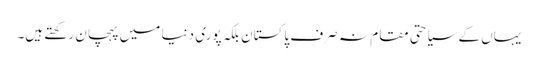
یہاں کے سیاحتی مقام نہ صرف پاکستان بلکہ پوری دنیا میں پہچان رکھتے ہیں۔